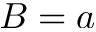
B = a